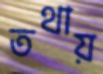
তথায়